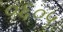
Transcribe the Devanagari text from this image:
०६०५